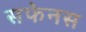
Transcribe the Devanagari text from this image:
सफेनस